Civil Veterinary Department Bihar & Orissa reports 1922-29 - 1922-1929
Year: 1922
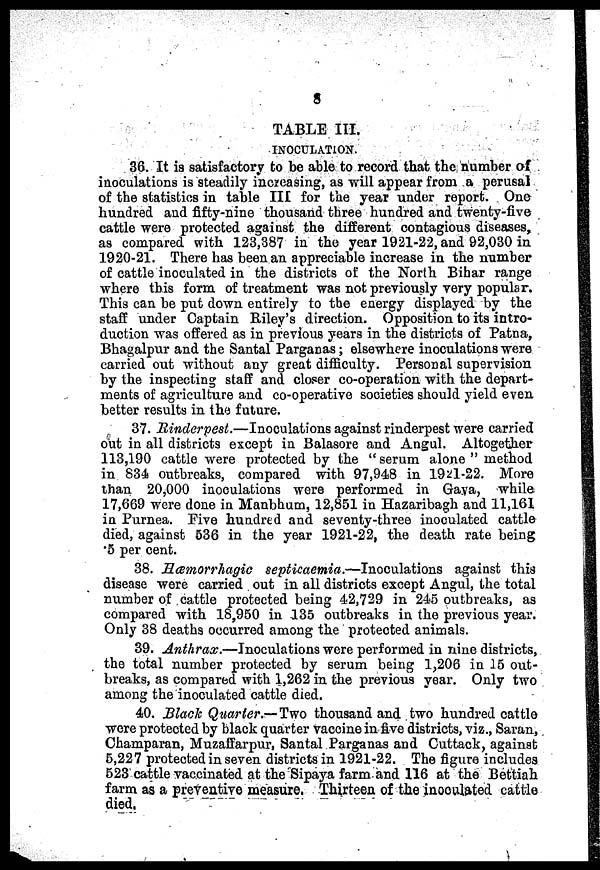
8
TABLE III.
INOCULATION.
36. It is satisfactory to be able to record that the number of
inoculations is steadily increasing, as will appear from a perusal
of the statistics in table III for the year under report. One
hundred and fifty-nine thousand three hundred and twenty-five
cattle were protected against the different contagious diseases,
as compared with 123,387 in the year 1921-22, and 92,030 in
1920-21. There has been an appreciable increase in the number
of cattle inoculated in the districts of the North Bihar range
where this form of treatment was not previously very popular.
This can be put down entirely to the energy displayed by the
staff under Captain Riley's direction. Opposition to its intro-
duction was offered as in previous years in the districts of Patna,
Bhagalpur and the Santal Parganas; elsewhere inoculations were
carried out without any great difficulty. Personal supervision
by the inspecting staff and closer co-operation with the depart-
ments of agriculture and co-operative societies should yield even
better results in the future.
37. Rinderpest.—Inoculations
against rinderpest were carried
out in all districts except in Balasore and Angul. Altogether
113,190 cattle were protected by the "serum alone" method
in 834 outbreaks, compared with 97,948 in 1921-22. More
than 20,000 inoculations were performed in Gava, while
17,669 were done in Manbhum, 12,851 in Hazaribagh and 11,161
in Purnea. Five hundred and seventy-three inoculated cattle
died, against 536 in the year 1921-22, the death rate being
5 per cent.
38. Hæmorrhagic septicaemia.—Inoculations
against this
disease were carried out in all districts except Angul, the total
number of cattle protected being 42,729 in 245 outbreaks, as
compared with 18,950 in 135 outbreaks in the previous year.
Only 38 deaths occurred among the protected animals.
39. Anthrax.—Inoculations were performed in nine districts,
the total number protected by serum being 1,206 in 15 out-
breaks, as compared with 1,262 in the previous year. Only two
among the inoculated cattle died.
40. Black Quarter.—Two thousand and two hundred cattle
were protected by black quarter vaccine in five districts, viz., Saran,
Champaran, Muzaffarpur, Santal Parganas and Cuttack, against
5,227 protected in seven districts in 1921-22. The figure includes
523 cattle vaccinated at the Sipaya farm and 116 at the Bettiah
farm as a preventive measure. Thirteen of the inoculated cattle
died.